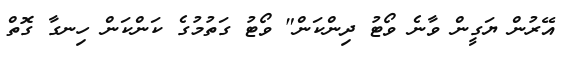
އޭރުން ޔަގީން ވާނެ ވޯޓު ދިންކަން" ވޯޓު ގަތުމުގެ ކަންކަން ހިނގާ ގޮތް